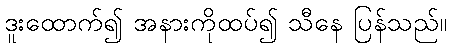
ဒူးထောက်၍ အနားကိုထပ်၍ သီနေ ပြန်သည်။